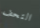
التحف